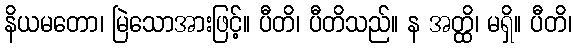
နိယမတော၊ မြဲသောအားဖြင့်။ ပီတိ၊ ပီတိသည်။ န အတ္ထိ၊ မရှိ။ ပီတိ၊